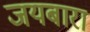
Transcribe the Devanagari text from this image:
जयबारा